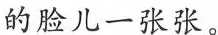
的脸儿一张张。